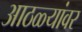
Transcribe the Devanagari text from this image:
आठळ्यांवर